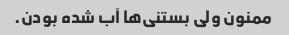
ممنون ولی بستنی‌ها آب شده بودن.